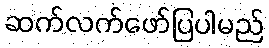
ဆက်လက်ဖော်ပြပါမည်